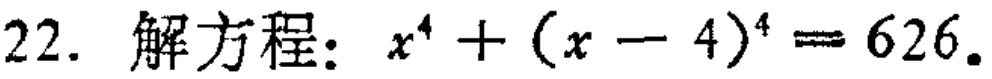
22. 解方程：\(x^{4}+(x - 4)^{4}=626\)。